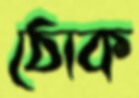
ঠোক